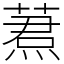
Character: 蔒